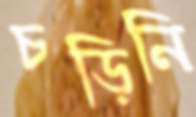
চড়িনি